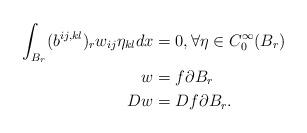
LaTeX: \begin{align*}\int_{B_{r}}(b^{ij,kl})_{r}w_{ij}\eta_{kl}dx & =0,\forall\eta\in C_{0}^{\infty}(B_{r})\\w & =f\partial B_{r}\\D w & =D f\partial B_{r}.\end{align*}